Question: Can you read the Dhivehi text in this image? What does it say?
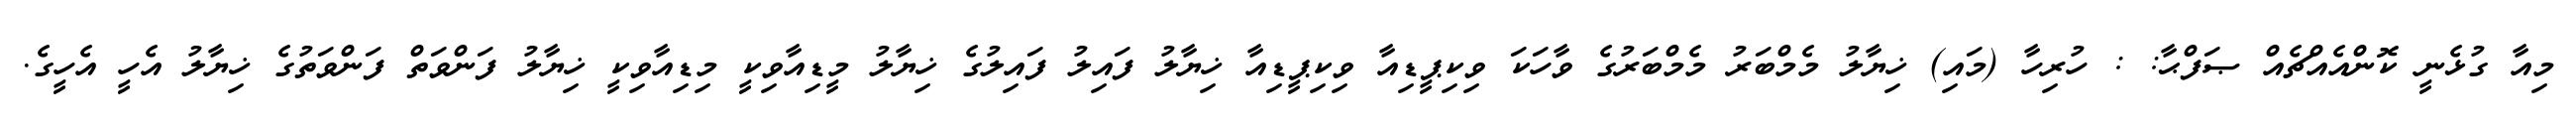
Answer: މިއާ ގުޅެނީ ކޮންއެއްޗެއް ޞަފްޙާ: : ހުރިހާ (މައި) ޚިޔާލު މެމްބަރު މެމްބަރުގެ ވާހަކަ ވިކިޕީޑިއާ ވިކިޕީޑިއާ ޚިޔާލު ފައިލު ފައިލުގެ ޚިޔާލު މީޑިއާވިކީ މިޑިއާވިކީ ޚިޔާލު ފަންވަތް ފަންވަތުގެ ޚިޔާލު އެހީ އެހީގެ.